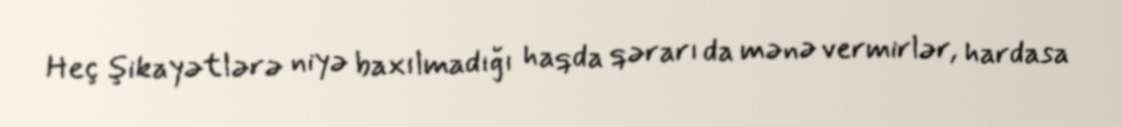
Heç şikayətlərə niyə baxılmadığı haqda qərarı da mənə vermirlər, hardasa